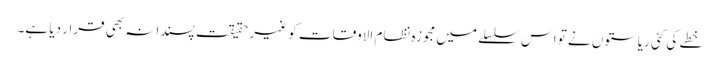
خطے کی کئی ریاستوں نے تو اس سلسلے میں مجوزہ نظام الاوقات کو غیر حقیقت پسندانہ بھی قرار دیا ہے۔